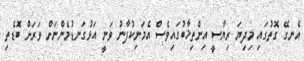
އެނގޭ ގޮތުގައި މިދިޔަ ރިޔާސީ އިންތިޚާބުގައިވެސް އެމަނިކުފާނު ވަނީ އަޅުގަނޑުމެންނަށް ވަރަށް ބޮޑެތި